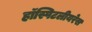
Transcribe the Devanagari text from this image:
हॉस्पिटलीयरेस